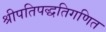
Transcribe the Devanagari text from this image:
श्रीपतिपद्धतिगणित